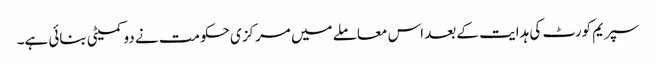
سپریم کورٹ کی ہدایت کے بعد اس معاملے میں مرکزی حکومت نے دو کمیٹی بنائی ہے۔